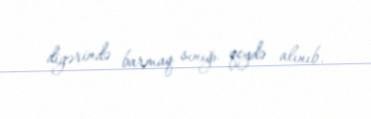
digərində barmaq sınığı qeydə alınıb.